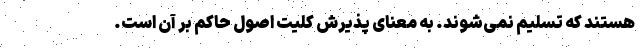
هستند که تسلیم نمی‌شوند. به معنای پذیرش کلیت اصول حاکم بر آن است.